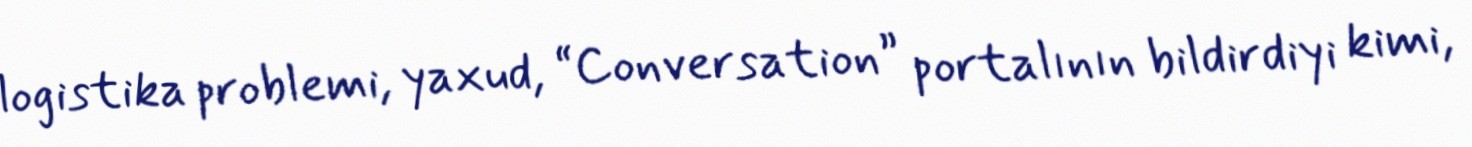
logistika problemi, yaxud, “Conversation” portalının bildirdiyi kimi,